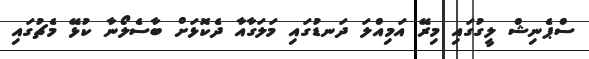
ސްޕެނިޝް ލީގުގައި މިރޭ އަމިއްލަ ދަނޑުގައި މަލަގާއާ ދެކޮޅަށް ބާސެލޯނާ ކުޅޭ މެޗުގައި